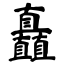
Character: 矗